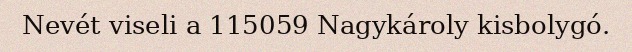
Nevét viseli a 115059 Nagykároly kisbolygó.